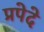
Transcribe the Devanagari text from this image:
प्रपेदे